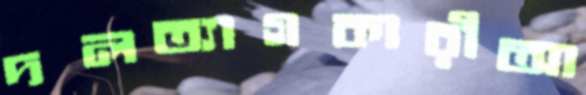
দলত্যাগকারীআ